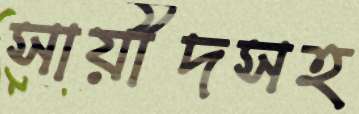
সায়ীদসহ